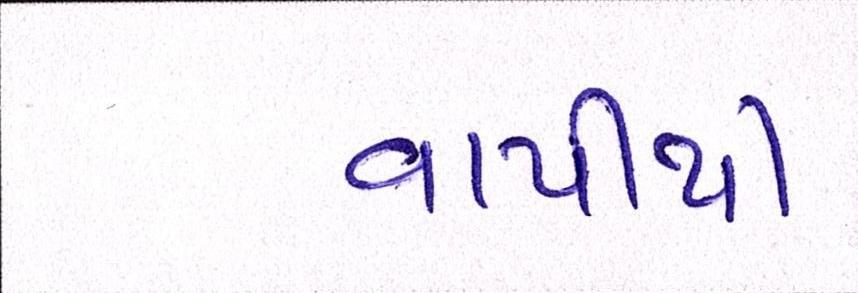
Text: વાપીથી